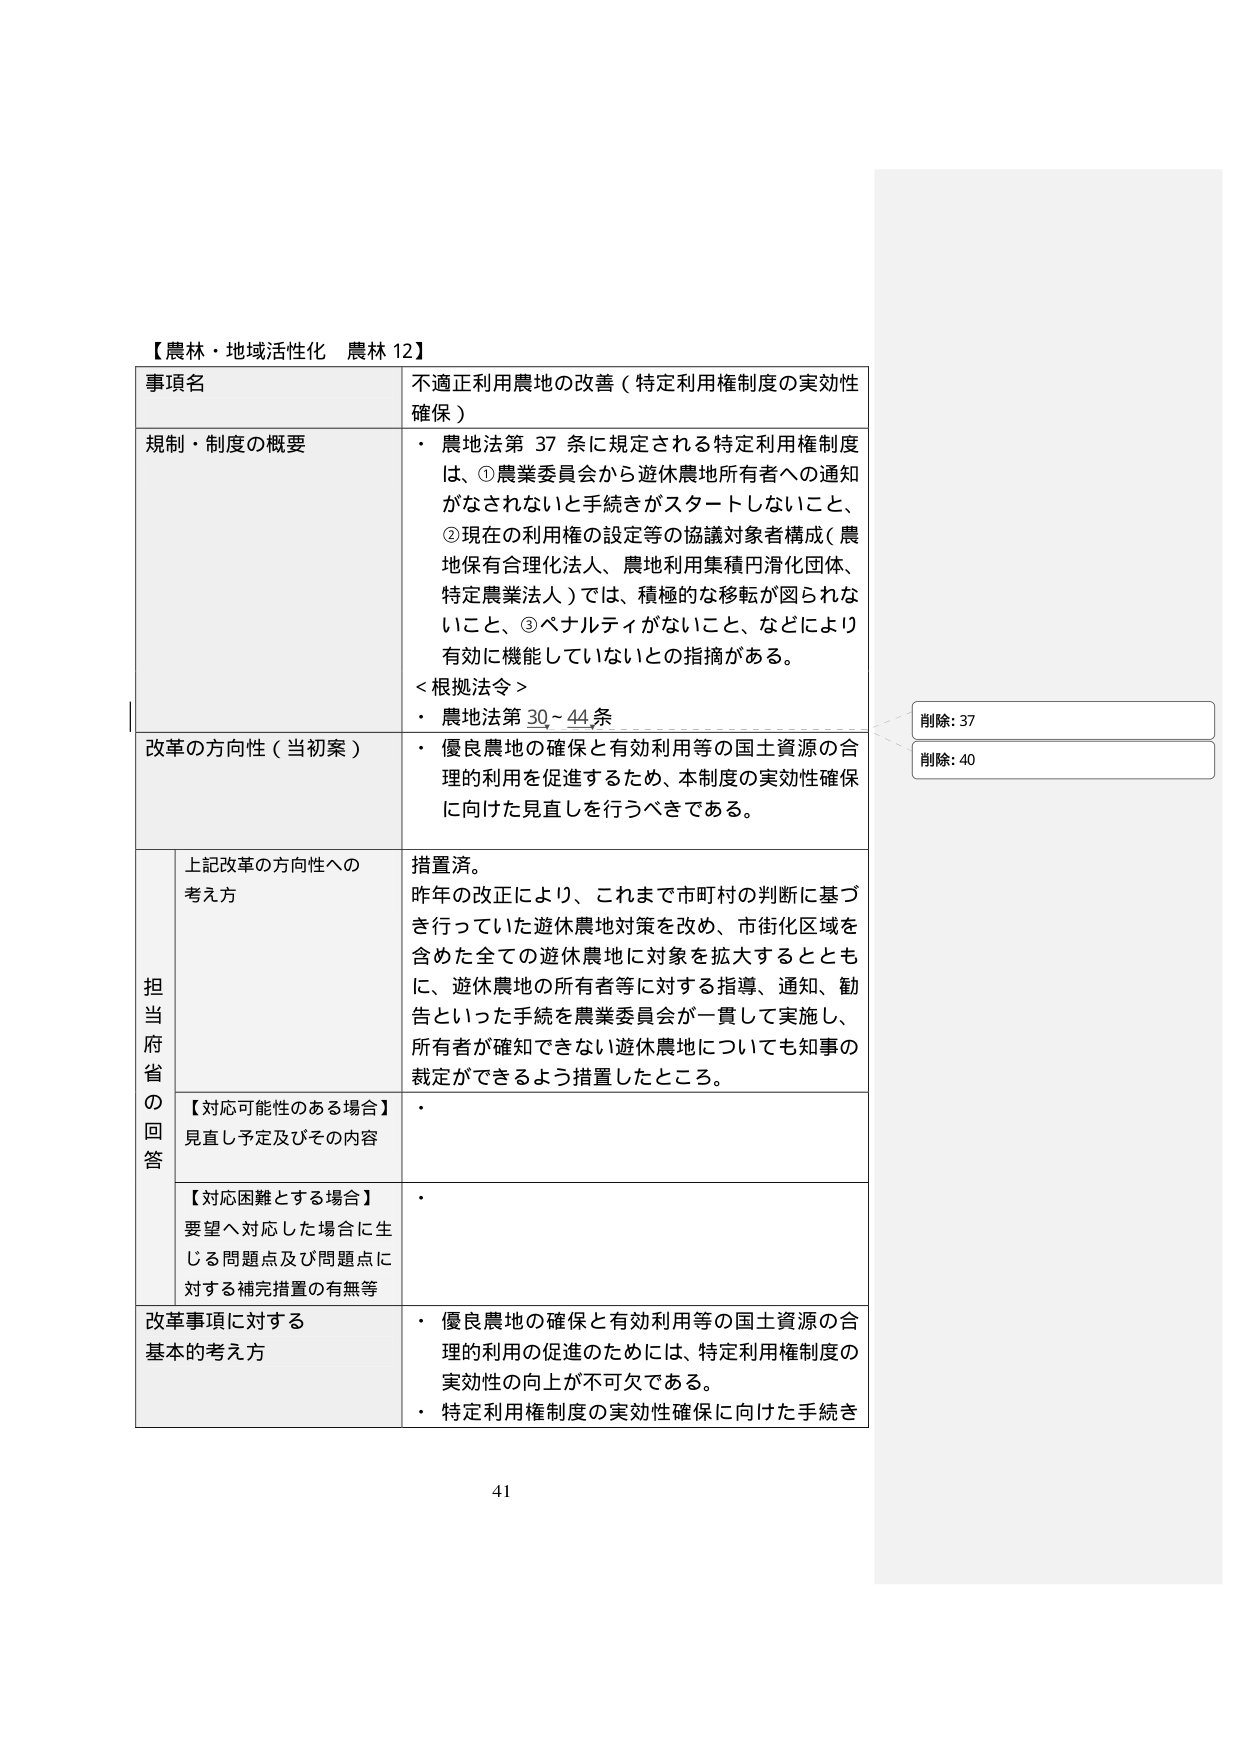
【農林・地域活性化 農林 12】

事項名
不適正利用農地の改善（特定利用権制度の実効性確保）

規制・制度の概要
・ 農地法第37条に規定される特定利用権制度は、①農業委員会から遊休農地所有者への通知がなされないと手続きがスタートしないこと、②現在の利用権の設定等の協議対象者構成（農地保有合理化法人、農地利用集積円滑化団体、特定農業法人）では、積極的な移転が図られないこと、③ペナルティがないこと、などにより有効に機能していないとの指摘がある。
＜根拠法令＞
・ 農地法第30～44条

改革の方向性（当初案）
・ 優良農地の確保と有効利用等の国土資源の合理的利用を促進するため、本制度の実効性確保に向けた見直しを行うべきである。

担当府省の回答
上記改革の方向性への考え方
措置済。
昨年の改正により、これまで市町村の判断に基づき行っていた遊休農地対策を改め、市街化区域を含めた全ての遊休農地に対象を拡大するとともに、遊休農地の所有者等に対する指導、通知、勧告といった手続を農業委員会が一貫して実施し、所有者が確知できない遊休農地についても知事の裁定ができるよう措置したところ。

【対応可能性のある場合】
見直し予定及びその内容
・

【対応困難とする場合】
要望へ対応した場合に生じる問題点及び問題点に対する補完措置の有無等
・

改革事項に対する基本的考え方
・ 優良農地の確保と有効利用等の国土資源の合理的利用の促進のためには、特定利用権制度の実効性の向上が不可欠である。
・ 特定利用権制度の実効性確保に向けた手続き

削除: 37
削除: 40

41